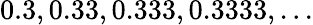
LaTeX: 0.3,0.33,0.333,0.3333,...